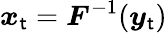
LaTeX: \boldsymbol{x}_{\mathsf{t}}=\boldsymbol{F}^{-1}(\boldsymbol{y}_{\mathsf{t}})